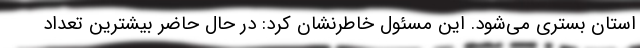
استان بستری می‌شود. این مسئول خاطرنشان کرد: در حال حاضر بیشترین تعداد